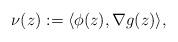
LaTeX: \begin{align*}\nu (z) := \langle \phi( z ) , \nabla g( z ) \rangle , \end{align*}